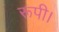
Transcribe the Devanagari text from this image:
रूपी।